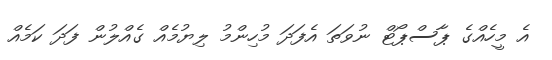
އެ މީހެއްގެ ޕާސްޕޯޓް ނުވަތަ އެފަދަ މުހިންމު ލިޔުމެއް ގެއްލުން ފަދަ ކަމެއް